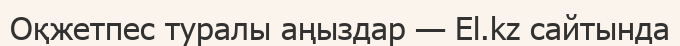
Оқжетпес туралы аңыздар — El.kz сайтында